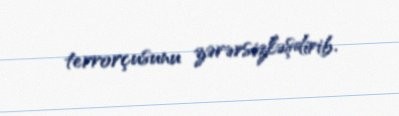
terrorçusunu zərərsizləşdirib.